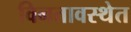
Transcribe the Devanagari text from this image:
विनतावस्थेत